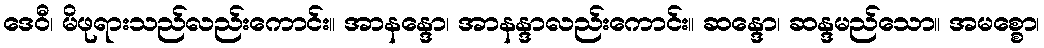
ဒေဝီ၊ မိဖုရားသည်လည်းကောင်း။ အာနန္ဒော၊ အာနန္ဒာလည်းကောင်း။ ဆန္ဒော၊ ဆန္ဒမည်သော။ အမစ္စော၊